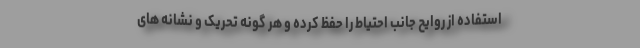
استفاده از روایح جانب احتیاط را حفظ کرده و هر گونه تحریک و نشانه های